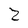
Character: 2